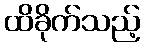
ထိခိုက်သည့်